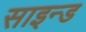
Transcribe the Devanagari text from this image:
साइन्ड